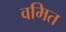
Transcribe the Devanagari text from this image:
वमित